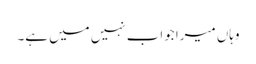
وہاں میرا جواب نہیں میں ہے۔